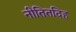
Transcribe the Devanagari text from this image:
नीतितदिह